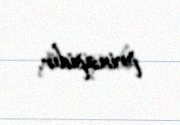
prinsipidir.